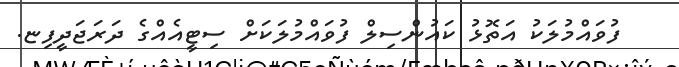
ފުވައްމުލަކު އަތޮޅު ކައުންސިލް ފުވައްމުލަކަށް ސިޓީއެއްގެ ދަރަޖަދީފިޏ.